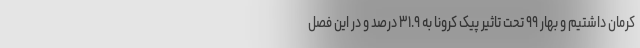
کرمان داشتیم و بهار ۹۹ تحت تاثیر پیک کرونا به ۳۱.۹ درصد و در این فصل